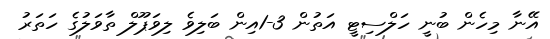
އޭނާ މިހެން ބުނީ ހަލްސިޓީ އަތުން 3-1އިން ބަލިވެ ލިވަޕޫލް ތާވަލުގެ ހަތަރު